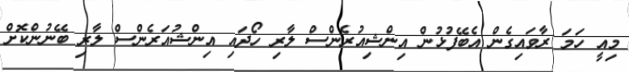
މިއީ ހަމަ ރާވައިގެން އެބޭފުޅުން އިންޝިއުރެންސް ލާރި ހޯދައި އިންޝުއަރެންސް ލާރި ބޭނުންކޮށް